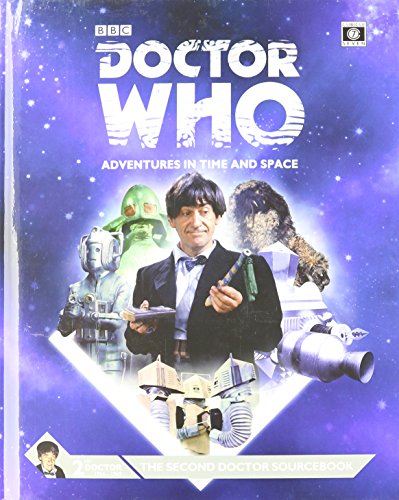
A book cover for Dr Who Second Doctor Sourcebook; Cubicle Seven Entertainment; Science Fiction & Fantasy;